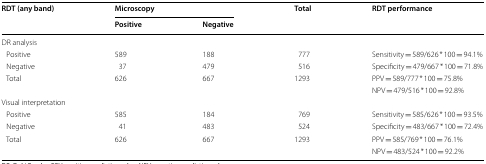
| <ROWSPAN=2> RDT (any band) | <COLSPAN=2> Microscopy | <ROWSPAN=2> Total | <ROWSPAN=2> RDT performance |
 | Positive | Negative |
 | --- | --- | --- | --- | --- |
 | <COLSPAN=5> DR analysis |
 | Positive | 589 | 188 | 777 | Sensitivity = 589/626 * 100 = 94.1% |
 | Negative | 37 | 479 | 516 | Specificity = 479/667 * 100 = 71.8% |
 | <ROWSPAN=2> Total | 626 | 667 | 1293 | PPV = 589/777 * 100 = 75.8% |
 |  |  |  | NPV = 479/516 * 100 = 92.8% |
 | <COLSPAN=5> Visual interpretation |
 | Positive | 585 | 184 | 769 | Sensitivity = 585/626 * 100 = 93.5% |
 | Negative | 41 | 483 | 524 | Specificity = 483/667 * 100 = 72.4% |
 | <ROWSPAN=2> Total | 626 | 667 | 1293 | PPV = 585/769 * 100 = 76.1% |
 |  |  |  | NPV = 483/524 * 100 = 92.2% |